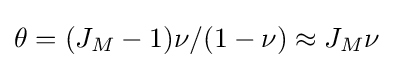
\theta =(J_{M}-1)\nu /(1-\nu )\approx J_{M}\nu